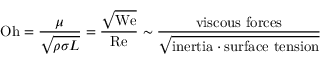
\mathrm { O h } = { \frac { \mu } { \sqrt { \rho \sigma L } } } = { \frac { \sqrt { \mathrm { W e } } } { \mathrm { R e } } } \sim { \frac { \mathrm { v i s c o u s ~ f o r c e s } } { \sqrt { { \mathrm { i n e r t i a } } \cdot { \mathrm { s u r f a c e ~ t e n s i o n } } } } }